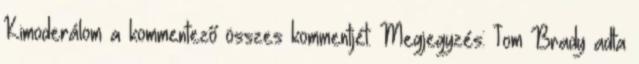
Kimoderálom a kommentező összes kommentjét. Megjegyzés: Tom Brady adta